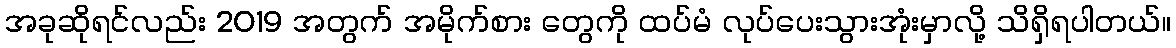
အခုဆိုရင်လည်း 2019 အတွက် အမိုက်စား တွေကို ထပ်မံ လုပ်ပေးသွားအုံးမှာလို့ သိရှိရပါတယ်။